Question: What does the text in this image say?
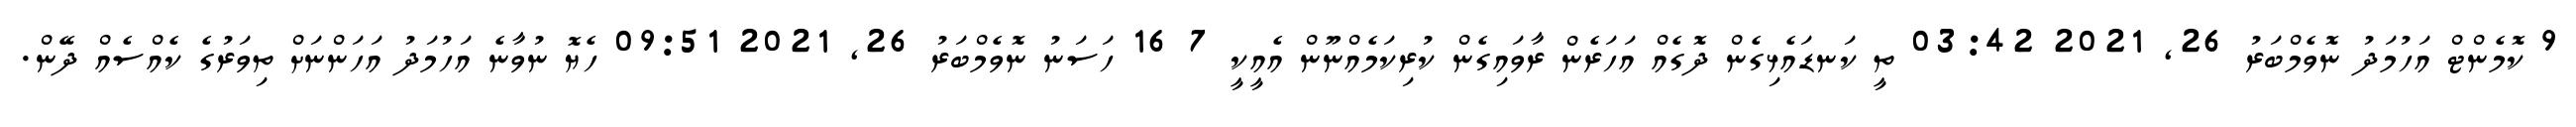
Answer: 9 ކޮމެންޓް އަހުމަދު ނޮވެމްބަރު 26, 2021 03:42 ތީ ކަނޑައެޅިގެން ދޮގެއް އަހަރެން ރާވައިގެން ކުރިކަމެއްނޫން އެއީކީ 7 16 ހަސަނު ނޮވެމްބަރު 26, 2021 09:51 ހެޔޮ ނުވާނެ އަހުމަދު އަހަންނަށް ތިވަރުގެ ކެއްސެއް ދޭން.